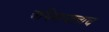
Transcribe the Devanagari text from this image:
अभिमानालाच